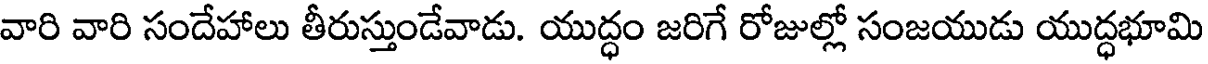
వారి వారి సందేహాలు తీరుస్తుండేవాడు. యుద్ధం జరిగే రోజుల్లో సంజయుడు యుద్ధభూమి